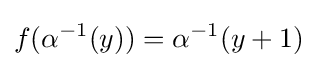
f(\alpha ^{-1}(y))=\alpha ^{-1}(y+1)